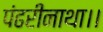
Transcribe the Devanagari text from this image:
पंढरीनाथा।।